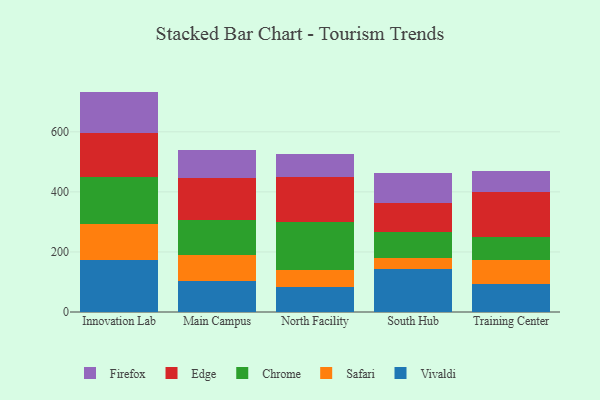
{"axis": {"x": "Campus", "y": "Conversion Rate (%)"}, "legend": ["Chrome", "Edge", "Firefox", "Safari", "Vivaldi"], "data": [{"x": "Innovation Lab", "y": 172.3, "type": "Vivaldi"}, {"x": "Innovation Lab", "y": 120.1, "type": "Safari"}, {"x": "Innovation Lab", "y": 157.7, "type": "Chrome"}, {"x": "Innovation Lab", "y": 147.2, "type": "Edge"}, {"x": "Innovation Lab", "y": 136.7, "type": "Firefox"}, {"x": "Main Campus", "y": 104.4, "type": "Vivaldi"}, {"x": "Main Campus", "y": 85.2, "type": "Safari"}, {"x": "Main Campus", "y": 117.4, "type": "Chrome"}, {"x": "Main Campus", "y": 137.8, "type": "Edge"}, {"x": "Main Campus", "y": 93.7, "type": "Firefox"}, {"x": "North Facility", "y": 83.9, "type": "Vivaldi"}, {"x": "North Facility", "y": 55.9, "type": "Safari"}, {"x": "North Facility", "y": 159.1, "type": "Chrome"}, {"x": "North Facility", "y": 151.7, "type": "Edge"}, {"x": "North Facility", "y": 77.1, "type": "Firefox"}, {"x": "South Hub", "y": 144.2, "type": "Vivaldi"}, {"x": "South Hub", "y": 37.2, "type": "Safari"}, {"x": "South Hub", "y": 85.6, "type": "Chrome"}, {"x": "South Hub", "y": 96.4, "type": "Edge"}, {"x": "South Hub", "y": 98.8, "type": "Firefox"}, {"x": "Training Center", "y": 93.7, "type": "Vivaldi"}, {"x": "Training Center", "y": 77.9, "type": "Safari"}, {"x": "Training Center", "y": 78.0, "type": "Chrome"}, {"x": "Training Center", "y": 149.7, "type": "Edge"}, {"x": "Training Center", "y": 69.8, "type": "Firefox"}]}